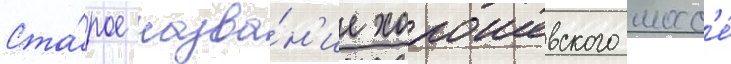
Ста́рое назва́н'ие хорошевского шосс'е́